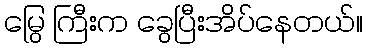
မြွေ ကြီးက ခွေပြီးအိပ်နေတယ်။